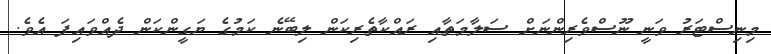
މިނިސްޓަރު ވަނީ ނޫސްވެރިންނަށް ސަލާމަތާއި ރައްކާތެރިކަން ލިބޭނެ ކަމުގެ ޔަގީންކަން ދެއްވައިފަ އެވެެ.